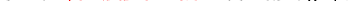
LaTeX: \smash{\upsilon\to\ensuremath{\mathrm{\ textsl{v}}_{0}}^{2}/\nu}